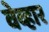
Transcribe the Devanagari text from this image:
वेव्हार